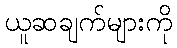
ယူဆချက်များကို